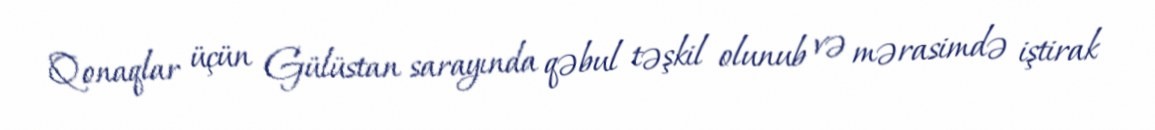
Qonaqlar üçün Gülüstan sarayında qəbul təşkil olunub və mərasimdə iştirak